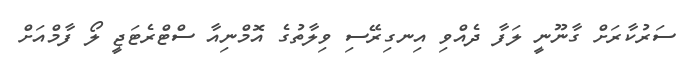
ސަރުކާރަށް ގާނޫނީ ލަފާ ދެއްވި އިނގިރޭސި ވިލާތުގެ އޮމްނިއާ ސްޓްރެޓަޖީ ލޯ ފާމްއަށް